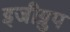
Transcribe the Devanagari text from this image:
इजीग्रुप